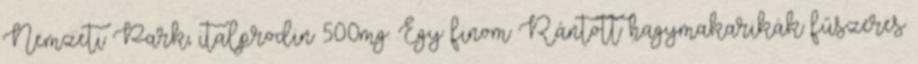
Nemzeti Park, italprodin 500mg. Egy finom Rántott hagymakarikák fűszeres